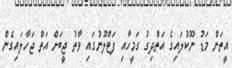
އީތަން މަޑު ނޫކުލައިގެ އަތްދިގު ގަމީހާއި ފަޓްލޫނުގައި ވާތު ޖީބަށް އަތް ޖަހާލައިގެން